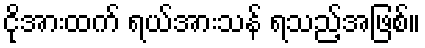
ငိုအားထက် ရယ်အားသန် ရသည့်အဖြစ်။